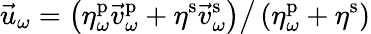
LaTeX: \vec{u}_{\omega}=\left.\left(\eta_{\omega}^{\mathrm{p}}\vec{v}_{\omega}^{\mathrm{p}}+\eta^{\mathrm{s}}\vec{v}_{\omega}^{\mathrm{s}}\right)\right/\left(\eta_{\omega}^{\mathrm{p}}+\eta^{\mathrm{s}}\right)